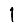
Digit: 1